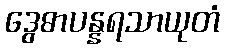
ဒွေဓာပန္နရသာယုတံ